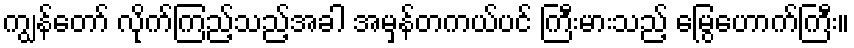
ကျွန်တော် လိုက်ကြည့်သည့်အခါ အမှန်တကယ်ပင် ကြီးမားသည့် မြွေဟောက်ကြီး။